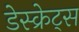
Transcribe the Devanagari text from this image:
डेस्क्रेट्स